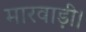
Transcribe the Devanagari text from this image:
मारवाड़ी।